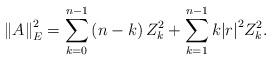
LaTeX: \begin{align*}\left\| {A} \right\|_{E}^{2}=\sum\limits_{k=0}^{n-1}{\left(n-k \right)}\,Z_{k}^{2}+\sum\limits_{k=1}^{n-1}{k{{\left| r\right|}^{2}}}Z_{k}^{2}.\end{align*}